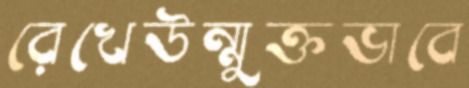
রেখেউন্মুক্তভাবে